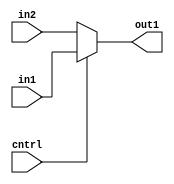
module mux(in1,in2,cntrl,out1);
input in1;
input in2;

input cntrl;

output reg out1;

always@* begin
if( cntrl == 0) begin
out1 = in2;
end else begin
out1 = in1;
end
end

endmodule